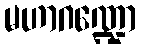
မဟာဂဏ္ဍော